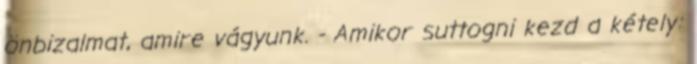
önbizalmat, amire vágyunk. - Amikor suttogni kezd a kétely: